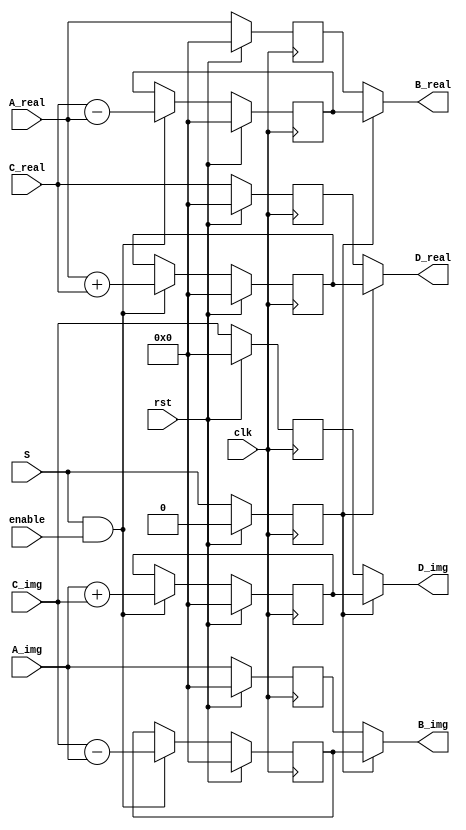

module butterfly(
	input			clk			,
	input			rst			,
	input			S			,
	input			enable		,
	input[32-1:0]	A_real		,
	input[32-1:0]	A_img		,
	input[32-1:0]	C_real,
	input[32-1:0]	C_img,
	output[32-1:0]	B_real,
	output[32-1:0]	B_img,
	output[32-1:0]	D_real,
	output[32-1:0]	D_img
 );

	reg	[32-1:0]		r_x_added_real = 0;
	reg	[32-1:0]		r_x_added_img = 0;
	reg	[32-1:0]		r_x_subtracted_real = 0;
	reg	[32-1:0]		r_x_subtracted_img = 0;
	reg	[32-1:0]		r_B_real = 0;
	reg	[32-1:0]		r_B_img = 0;
	reg	[32-1:0]		r_A_real_1d = 0;
	reg	[32-1:0]		r_A_img_1d = 0;
	reg	[32-1:0]		r_C_real_1d = 0;
	reg	[32-1:0]		r_C_img_1d = 0;
	reg					S_1d = 0;


//??A  \ C??
	always@(posedge clk) begin
		if(rst == 1) begin
			r_A_real_1d		<= 0;
			r_A_img_1d		<= 0;
		end else begin
			r_A_real_1d		<= A_real;
			r_A_img_1d		<= A_img;
		end
	end
	
	always@(posedge clk) begin
		if(rst == 1) begin
			r_C_real_1d		<= 0;
			r_C_img_1d		<= 0;
		end else begin
			r_C_real_1d		<= C_real;
			r_C_img_1d		<= C_img;
		end
	end

	always@(posedge clk) begin
		if(rst == 1) begin
			S_1d	<= 0;
		end else begin
			S_1d	<= S;
		end
	end



	always@(posedge clk)begin
		if(rst==1)begin
			r_x_added_real	<=	0;
		end else begin
			if(S == 1 && enable) begin
				r_x_added_real	<=	A_real + C_real;
			end else begin
				r_x_added_real	<=	r_x_added_real;
			end
		end
	end

	always@(posedge clk)begin
		if(rst==1)begin
			r_x_added_img	<=	0;
		end else begin
			if(S == 1 && enable) begin
				r_x_added_img	<=	A_img + C_img;
			end else begin
				r_x_added_img	<=	r_x_added_img;
			end
		end
	end

	always@(posedge clk)begin
		if(rst==1)begin
			r_x_subtracted_real	<=	0;
		end else begin
			if(S == 1 && enable)begin
				r_x_subtracted_real	<=	C_real - A_real;
			end else begin
				r_x_subtracted_real	<=	r_x_subtracted_real;
			end
		end
	end

	always@(posedge clk)begin
		if(rst==1)begin
			r_x_subtracted_img	<=	0;
		end else begin
			if(S == 1 && enable)begin
				r_x_subtracted_img	<=	C_img - A_img;
			end else begin
				r_x_subtracted_img	<=	r_x_subtracted_img;
			end
		end
	end


	assign B_real			=	(S_1d)? r_x_subtracted_real:r_A_real_1d;
	assign B_img				=	(S_1d)? r_x_subtracted_img :r_A_img_1d;
	assign D_real			=	(S_1d)? r_x_added_real : r_C_real_1d;
	assign D_img				=	(S_1d)? r_x_added_img : r_C_img_1d;

endmodule